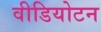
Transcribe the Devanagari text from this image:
वीडियोटन